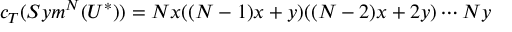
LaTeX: c _ { T } ( S y m ^ { N } ( U ^ { * } ) ) = N x ( ( N - 1 ) x + y ) ( ( N - 2 ) x + 2 y ) \cdots N y